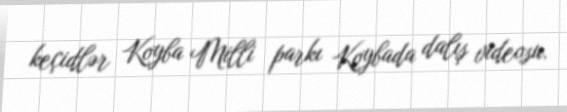
keçidlər Koyba Milli parkı Koybada dalış videosu.